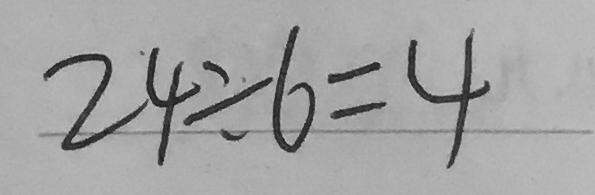
2 4 \div 6 = 4